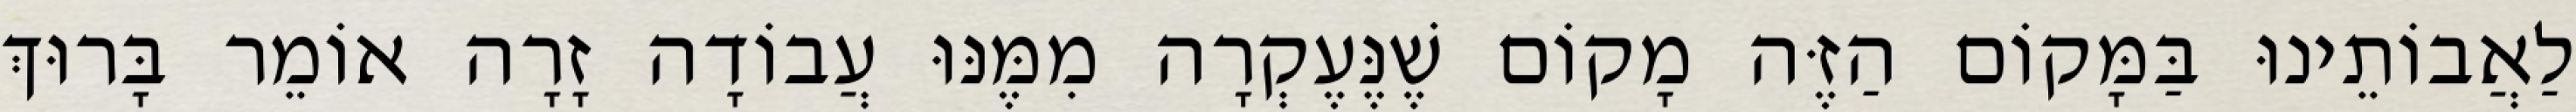
לַאֲבוֹתֵינוּ בַּמָּקוֹם הַזֶּה מָקוֹם שֶׁנֶּעֶקְרָה מִמֶּנּוּ עֲבוֹדָה זָרָה אוֹמֵר בָּרוּךְ